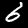
Label: 6